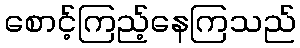
စောင့်ကြည့်နေကြသည်